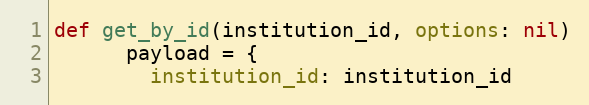
Language: Ruby
def get_by_id(institution_id, options: nil)
      payload = {
        institution_id: institution_id